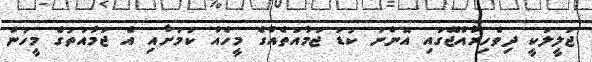
ޖަލީލަކީ ދިވެހިރާއްޖޭގައި އޮންނަ ކުޑަ ޖަމާއަތެއްގެ މީހެއް ކަމަށާއި އެ ޖަމާއަތުގެ މީހުން